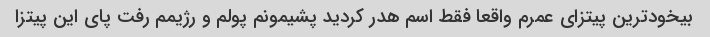
بیخودترین پیتزای عمرم واقعا فقط اسم هدر کردید پشیمونم پولم و رژیمم رفت پای این پیتزا